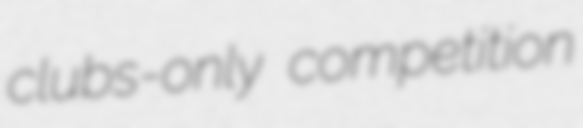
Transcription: clubs-only competition